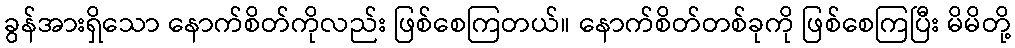
ခွန်အားရှိသော နောက်စိတ်ကိုလည်း ဖြစ်စေကြတယ်။ နောက်စိတ်တစ်ခုကို ဖြစ်စေကြပြီး မိမိတို့